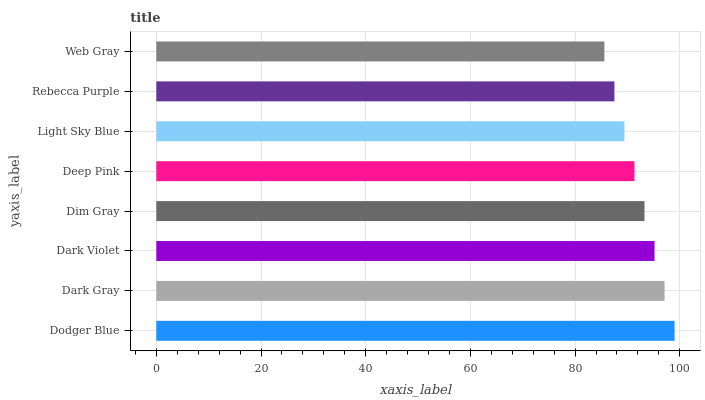
| yaxis_label | bars |
 | --- | --- |
 | Dodger Blue | 99 |
 | Dark Gray | 97.1 |
 | Dark Violet | 95.2 |
 | Dim Gray | 93.3 |
 | Deep Pink | 91.3 |
 | Light Sky Blue | 89.4 |
 | Rebecca Purple | 87.5 |
 | Web Gray | 85.6 |